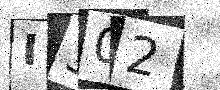
Text: I302